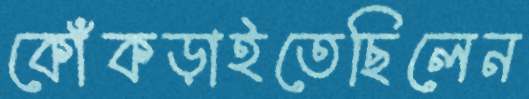
কোঁকড়াইতেছিলেন